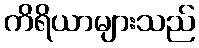
ကိရိယာများသည်